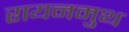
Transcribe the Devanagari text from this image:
रायनमुथ